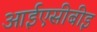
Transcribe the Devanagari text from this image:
आईएसीबीइ